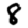
Digit: 8